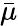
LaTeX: \bar{\mu}